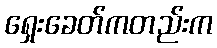
ရှေးခေတ်ကတည်းက